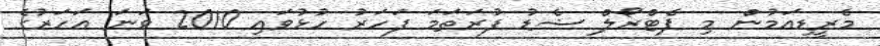
މެރީޑިއަމުން މި ޕެޓްރޯލް ޝެޑު ފުރަތަމަ ފަހަރު ހުޅުވައި 2010 ވަނަ އަހަރުގެ